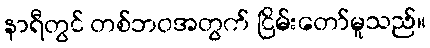
နာရီတွင် တစ်ဘဝအတွက် ငြိမ်းတော်မူသည်။